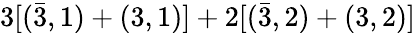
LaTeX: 3[(\bar{3},1)+(3,1)]+2[(\bar{3},2)+(3,2)]